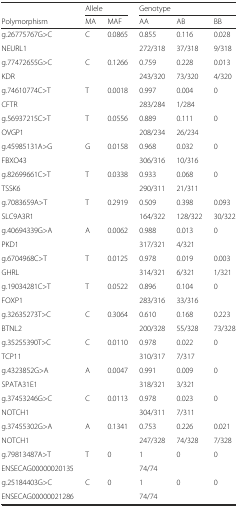
<table><thead><tr><td></td><td colspan="2"><b>Allele</b></td><td colspan="3"><b>Genotype</b></td></tr><tr><td><b>Polymorphism</b></td><td><b>MA</b></td><td><b>MAF</b></td><td><b>AA</b></td><td><b>AB</b></td><td><b>BB</b></td></tr></thead><tbody><tr><td>g.26775767G&gt;C</td><td>C</td><td>0.0865</td><td>0.855</td><td>0.116</td><td>0.028</td></tr><tr><td>NEURL1</td><td></td><td></td><td>272/318</td><td>37/318</td><td>9/318</td></tr><tr><td>g.77472655G&gt;C</td><td>C</td><td>0.1266</td><td>0.759</td><td>0.228</td><td>0.013</td></tr><tr><td>KDR</td><td></td><td></td><td>243/320</td><td>73/320</td><td>4/320</td></tr><tr><td>g.74610774C&gt;T</td><td>T</td><td>0.0018</td><td>0.997</td><td>0.004</td><td>0</td></tr><tr><td>CFTR</td><td></td><td></td><td>283/284</td><td>1/284</td><td></td></tr><tr><td>g.56937215C&gt;T</td><td>T</td><td>0.0556</td><td>0.889</td><td>0.111</td><td>0</td></tr><tr><td>OVGP1</td><td></td><td></td><td>208/234</td><td>26/234</td><td></td></tr><tr><td>g.45985131A&gt;G</td><td>G</td><td>0.0158</td><td>0.968</td><td>0.032</td><td>0</td></tr><tr><td>FBXO43</td><td></td><td></td><td>306/316</td><td>10/316</td><td></td></tr><tr><td>g.82699661C&gt;T</td><td>T</td><td>0.0338</td><td>0.933</td><td>0.068</td><td>0</td></tr><tr><td>TSSK6</td><td></td><td></td><td>290/311</td><td>21/311</td><td></td></tr><tr><td>g.7083659A&gt;T</td><td>T</td><td>0.2919</td><td>0.509</td><td>0.398</td><td>0.093</td></tr><tr><td>SLC9A3R1</td><td></td><td></td><td>164/322</td><td>128/322</td><td>30/322</td></tr><tr><td>g.40694339G&gt;A</td><td>A</td><td>0.0062</td><td>0.988</td><td>0.013</td><td>0</td></tr><tr><td>PKD1</td><td></td><td></td><td>317/321</td><td>4/321</td><td></td></tr><tr><td>g.6704968C&gt;T</td><td>T</td><td>0.0125</td><td>0.978</td><td>0.019</td><td>0.003</td></tr><tr><td>GHRL</td><td></td><td></td><td>314/321</td><td>6/321</td><td>1/321</td></tr><tr><td>g.19034281C&gt;T</td><td>T</td><td>0.0522</td><td>0.896</td><td>0.104</td><td>0</td></tr><tr><td>FOXP1</td><td></td><td></td><td>283/316</td><td>33/316</td><td></td></tr><tr><td>g.32635273T&gt;C</td><td>C</td><td>0.3064</td><td>0.610</td><td>0.168</td><td>0.223</td></tr><tr><td>BTNL2</td><td></td><td></td><td>200/328</td><td>55/328</td><td>73/328</td></tr><tr><td>g.35255390T&gt;C</td><td>C</td><td>0.0110</td><td>0.978</td><td>0.022</td><td>0</td></tr><tr><td>TCP11</td><td></td><td></td><td>310/317</td><td>7/317</td><td></td></tr><tr><td>g.4323852G&gt;A</td><td>A</td><td>0.0047</td><td>0.991</td><td>0.009</td><td>0</td></tr><tr><td>SPATA31E1</td><td></td><td></td><td>318/321</td><td>3/321</td><td></td></tr><tr><td>g.37453246G&gt;C</td><td>C</td><td>0.0113</td><td>0.978</td><td>0.023</td><td>0</td></tr><tr><td>NOTCH1</td><td></td><td></td><td>304/311</td><td>7/311</td><td></td></tr><tr><td>g.37455302G&gt;A</td><td>A</td><td>0.1341</td><td>0.753</td><td>0.226</td><td>0.021</td></tr><tr><td>NOTCH1</td><td></td><td></td><td>247/328</td><td>74/328</td><td>7/328</td></tr><tr><td>g.79813487A&gt;T</td><td>T</td><td>0</td><td>1</td><td>0</td><td>0</td></tr><tr><td>ENSECAG00000020135</td><td></td><td></td><td>74/74</td><td></td><td></td></tr><tr><td>g.25184403G&gt;C</td><td>C</td><td>0</td><td>1</td><td>0</td><td>0</td></tr><tr><td>ENSECAG00000021286</td><td></td><td></td><td>74/74</td><td></td><td></td></tr></tbody></table>